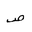
Letter: _sad